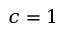
c = 1